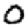
Digit: 0